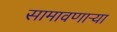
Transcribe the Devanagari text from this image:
सामावणाऱ्या